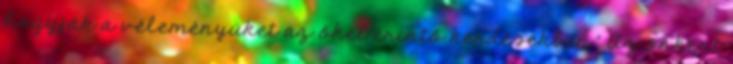
hagyják a véleményüket az őket érintő kérdésekben." Az önként